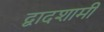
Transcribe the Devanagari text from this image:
द्वादशामी